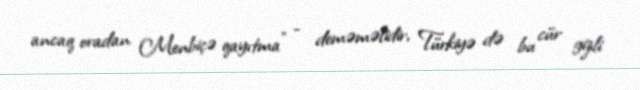
ancaq oradan Menbiçə qayıtma” - deməməlidir, Türkiyə də bu cür gizli